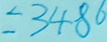
= 3 4 8 6